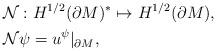
LaTeX: \begin{align*}& \mathcal{N}: H^{1/2}(\partial M)^* \mapsto H^{1/2}(\partial M),\\& \mathcal{N}\psi = u^{\psi}\arrowvert_{\partial M}, \end{align*}